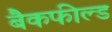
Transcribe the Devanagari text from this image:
बैकफील्ड